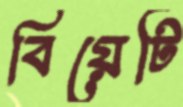
বিয়েটি